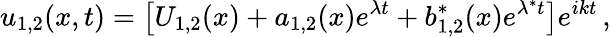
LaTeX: u_{1,2}(x,t)=\left[U_{1,2}(x)+a_{1,2}(x)e^{\lambda t}+b_{1,2}^{\ast}(x)e^{\lambda^{\ast}t}\right]e^{ikt}\, ,